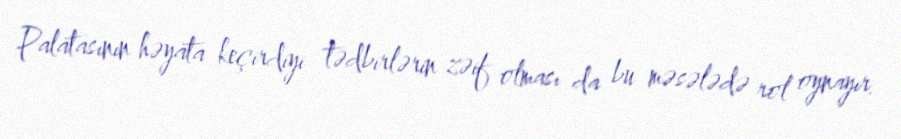
Palatasının həyata keçirdiyi tədbirlərin zəif olması da bu məsələdə rol oynayır.